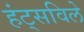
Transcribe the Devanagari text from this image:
हंट्सविले